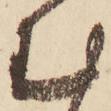
む